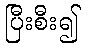
ပြီးစီး၍